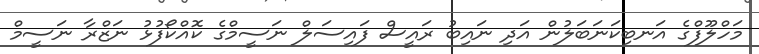
މަހްލޫފްގެ އަނބިކަނަބަލުން އަދި ނައިބު ރައީސް ފައިސަލް ނަސީމްގެ ކޮއްކޯފުޅު ނަޒްރާ ނަސީމް